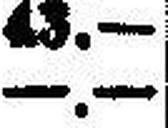
—.—